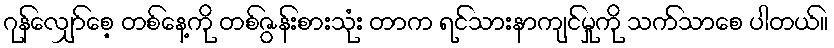
ဂုန်လျှော်စေ့ တစ်နေ့ကို တစ်ဇွန်းစားသုံး တာက ရင်သားနာကျင်မှုကို သက်သာစေ ပါတယ်။